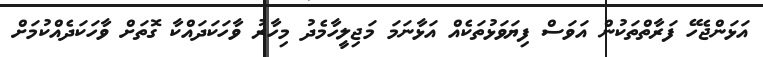
އަޅަންޖެހޭ ފަރާތްތަކުން އަވަސް ފިޔަވަޅުތަކެއް އަޅާނަމަ މަޖިލީހާމެދު މިހާރު ވާހަކަދައްކާ ގޮތަށް ވާހަކަދެއްކުމަށް